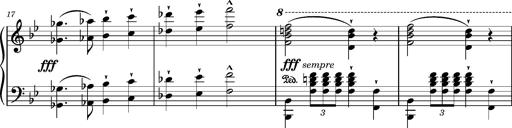
Title: Ungarischer Marsch
Composer: Friedrich Nietzsche